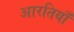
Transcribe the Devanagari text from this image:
आरतियाँ